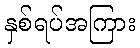
နှစ်ရပ်အကြား